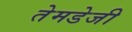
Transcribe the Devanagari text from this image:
तेमडेजी